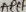
Text: AREF